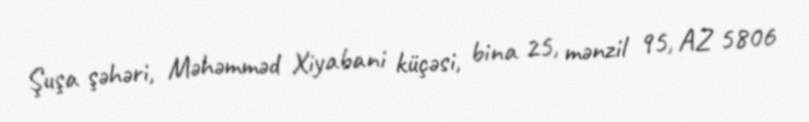
Şuşa şəhəri, Məhəmməd Xiyabani küçəsi, bina 25, mənzil 95, AZ 5806